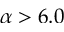
\alpha > 6 . 0